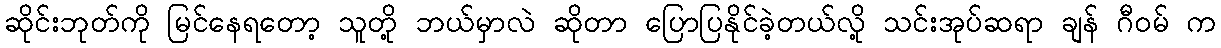
ဆိုင်းဘုတ်ကို မြင်နေရတော့ သူတို့ ဘယ်မှာလဲ ဆိုတာ ပြောပြနိုင်ခဲ့တယ်လို့ သင်းအုပ်ဆရာ ချန် ဂီဝမ် က